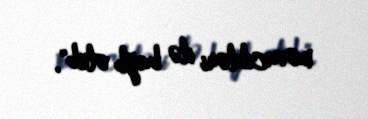
məvacibləri ilə bağlı olub".